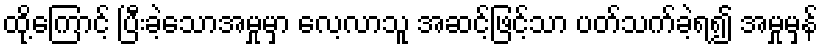
ထို့ကြောင့် ပြီးခဲ့သောအမှုမှာ လေ့လာသူ အဆင့်ဖြင့်သာ ပတ်သက်ခဲ့ရ၍ အမှုမှန်